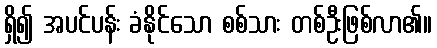
ရှိ၍ အပင်ပန်း ခံနိုင်သော စစ်သား တစ်ဦးဖြစ်လာ၏။